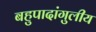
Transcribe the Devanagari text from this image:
बहुपादांगुलीय